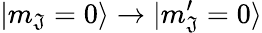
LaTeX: |m_{\mathfrak{J}}=0\rangle\to|m_{\mathfrak{J}}^{\prime}=0\rangle